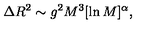
\Delta R ^ { 2 } \sim g ^ { 2 } M ^ { 3 } [ \ln M ] ^ { \alpha } ,